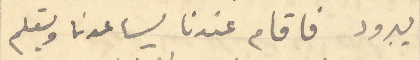
يبرود فاقام عندنا ليساعدنا ويتعلم